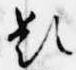
題